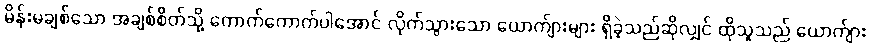
မိန်းမချစ်သော အချစ်စိတ်သို့ ကောက်ကောက်ပါအောင် လိုက်သွားသော ယောက်ျားများ ရှိခဲ့သည်ဆိုလျှင် ထိုသူသည် ယောက်ျား